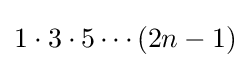
1\cdot 3\cdot 5\cdots (2n-1)